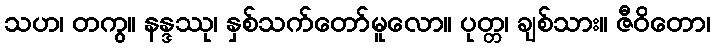
သဟ၊ တကွ။ နန္ဒဿု၊ နှစ်သက်တော်မူလော။ ပုတ္တ၊ ချစ်သား။ ဇီဝိတော၊